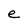
Character: e